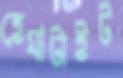
হেমাটাইট